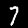
Label: 7